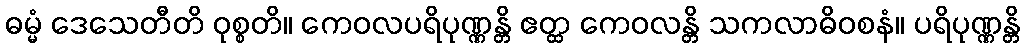
ဓမ္မံ ဒေသေတီတိ ဝုစ္စတိ။ ကေဝလပရိပုဏ္ဏန္တိ ဧတ္ထ ကေဝလန္တိ သကလာဓိဝစနံ။ ပရိပုဏ္ဏန္တိ